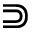
\Supset